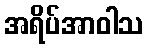
အရိပ်အာဝါသ